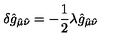
\delta \hat { g } _ { \hat { \mu } \hat { \nu } } = - \frac { 1 } { 2 } \lambda \hat { g } _ { \hat { \mu } \hat { \nu } }